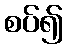
စပ်၍